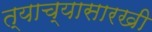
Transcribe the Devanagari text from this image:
त्याच्यासारखी